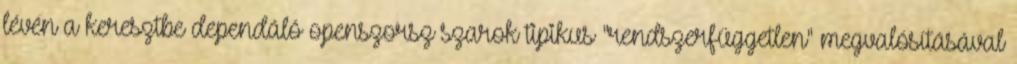
lévén a keresztbe dependáló openszorsz szarok tipikus "rendszerfüggetlen" megvalósításával